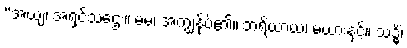
“အယျ၊ အရှင်သဌေး။ မမ၊ အကျွန်ုပ်၏။ ဘရိယာယ၊ မယားနှင့်။ သဒ္ဓိံ၊